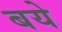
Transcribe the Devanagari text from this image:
बये